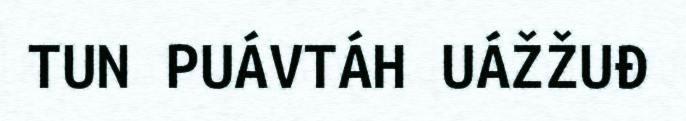
TUN PUÁVTÁH UÁŽŽUĐ